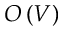
O \left( V \right)